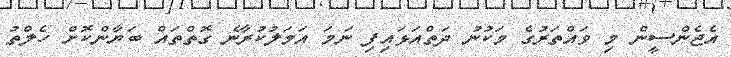
އެޖެންސީން މި ވައްތަރުގެ މަކުނު ދަތްއަޅައިފި ނަމަ އަމަލުކުރާނެ ގޮތްތައް ބަޔާންކޮށް ހެލްތު